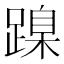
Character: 𨃔